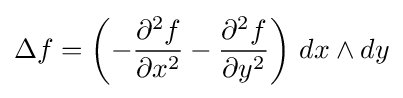
\Delta f=\left(-{\partial ^{2}f \over \partial x^{2}}-{\partial ^{2}f \over \partial y^{2}}\right)\,dx\wedge dy